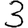
Digit: 3